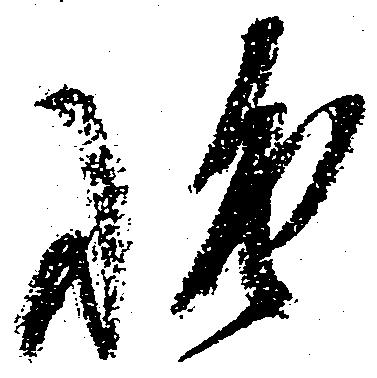
惶